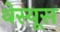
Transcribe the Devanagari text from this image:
थेस्यूस